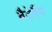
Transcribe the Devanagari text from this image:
बैटेरैंग